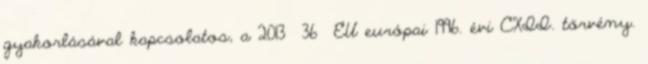
gyakorlásával kapcsolatos, a 2013 36 EU európai 1996. évi CXII. törvény.